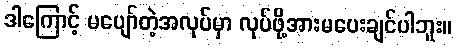
ဒါကြောင့် မပျော်တဲ့အလုပ်မှာ လုပ်ဖို့အားမပေးချင်ပါဘူး။